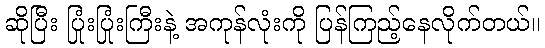
ဆိုပြီး ပြုံးပြုံးကြီးနဲ့ အကုန်လုံးကို ပြန်ကြည့်နေလိုက်တယ်။